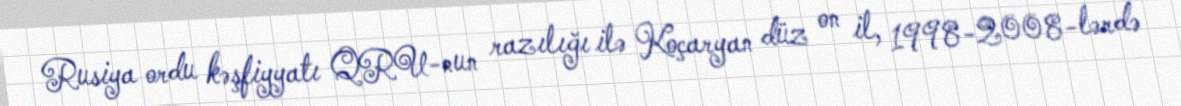
Rusiya ordu kəşfiyyatı QRU-nun razılığı ilə Koçaryan düz on il, 1998-2008-lərdə